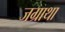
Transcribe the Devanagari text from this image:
जग्राथा